Indian journal of veterinary science and animal husbandry - Volume 3,
Year: 1933
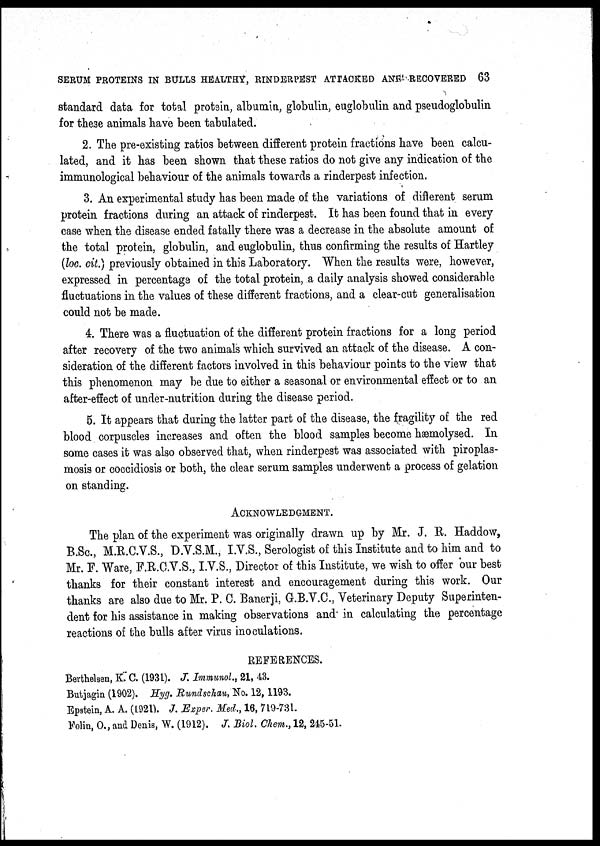
SERUM PROTEINS IN BULLS HEALTHY, RINDERPEST ATTACKED AND RECOVERED 63
standard data for total protein, albumin, globulin, euglobulin and pseudoglobulin
for these animals have been tabulated.
2. The pre-existing ratios between different protein fractions have been calcu-
lated, and it has been shown that these ratios do not give any indication of the
immunological behaviour of the animals towards a rinderpest infection.
3. An experimental study has been made of the variations of different serum
protein fractions during an attack of rinderpest. It has been found that in every
case when the disease ended fatally there was a decrease in the absolute amount of
the total protein, globulin, and euglobulin, thus confirming the results of Hartley
(loc. cit.) previously obtained in this Laboratory. When the results were, however,
expressed in percentage of the total protein, a daily analysis showed considerable
fluctuations in the values of these different fractions, and a clear-cut generalisation
could not be made.
4. There was a fluctuation of the different protein fractions for a long period
after recovery of the two animals which survived an attack of the disease. A con-
sideration of the different factors involved in this behaviour points to the view that
this phenomenon may be due to either a seasonal or environmental effect or to an
after-effect of under-nutrition during the disease period.
5. It appears that during the latter part of the disease, the fragility of the red
blood corpuscles increases and often the blood samples become hæmolysed. In
some cases it was also observed that, when rinderpest was associated with piroplas-
mosis or coccidiosis or both, the clear serum samples underwent a process of gelation
on standing.
ACKNOWLEDGMENT.
The plan of the experiment was originally drawn up by Mr. J. R. Haddow,
B.Sc., M.R.C.V.S., D.V.S.M., I.V.S., Serologist of this Institute and to him and to
Mr. F. Ware, F.R.C.V.S., I.V.S., Director of this Institute, we wish to offer our best
thanks for their constant interest and encouragement during this work. Our
thanks are also due to Mr. P. C. Banerji, G.B.V.C., Veterinary Deputy Superinten-
dent for his assistance in making observations and in calculating the percentage
reactions of the bulls after virus inoculations.
REFERENCES.
Berthelsen, K. C. (1931). J. Immunol., 21, 43.
Butjagin (1902). Hyg. Rundschau, No. 12,1193.
Epstein, A. A. (1921). J. Exper. Med., 16, 719-731.
Folin, O., and Denis, W. (1912). J. Biol. Chem., 12, 245-51.